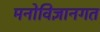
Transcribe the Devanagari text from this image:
मनोविज्ञानगत